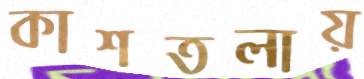
কাশতলায়